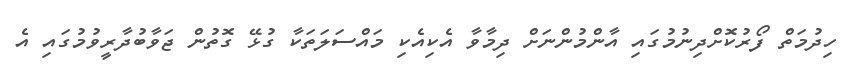
ހިދުމަތް ފޯރުކޮށްދިނުމުގައި އާންމުންނަށް ދިމާވާ އެކިއެކި މައްސަލަތަކާ ގުޅޭ ގޮތުން ޖަވާބުދާރީވުމުގައި އެ